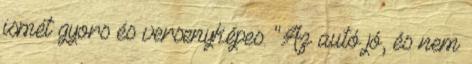
ismét gyors és versenyképes. "Az autó jó, és nem